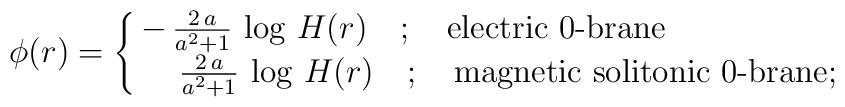
\phi(r) = \cases{ - \, \frac{2 \, a}{a^2 +1}\, \log \, H(r) \quad; \quad \mbox{electric $0$-brane} \cr \quad \, \frac{2 \, a}{a^2 +1}\, \log \, H(r) \quad; \quad \mbox{magnetic solitonic $0$-brane} ;}